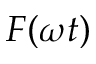
F ( \omega t )